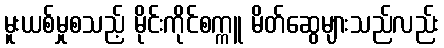
မူးယစ်မှုစသည့် မိုင်းကိုင်စက္ကူ မိတ်ဆွေများသည်လည်း